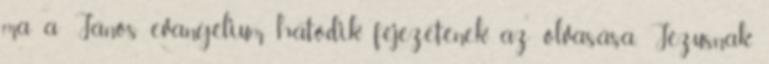
ma a János evangélium hatodik fejezetének az olvasása, Jézusnak